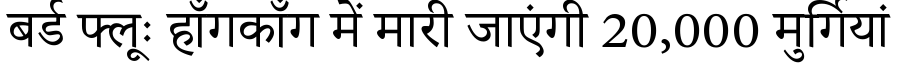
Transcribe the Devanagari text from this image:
बर्ड फ्लूः हॉंगकॉंग में मारी जाएंगी 20,000 मुर्गियां